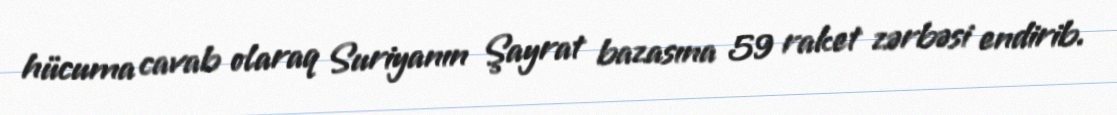
hücuma cavab olaraq Suriyanın Şayrat bazasına 59 raket zərbəsi endirib.